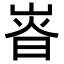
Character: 𡸱